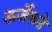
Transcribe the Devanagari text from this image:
ऊर्जेकडे